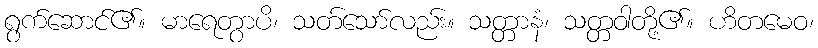
ရွက်ဆောင်၏။ မာရေတွာပိ၊ သတ်သော်လည်း။ သတ္တာနံ၊ သတ္တဝါတို့၏။ ဟိတမေဝ၊